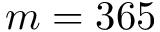
m = 3 6 5